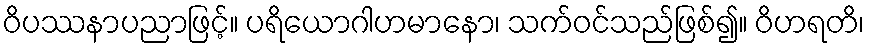
ဝိပဿနာပညာဖြင့်။ ပရိယောဂါဟမာနော၊ သက်ဝင်သည်ဖြစ်၍။ ဝိဟရတိ၊